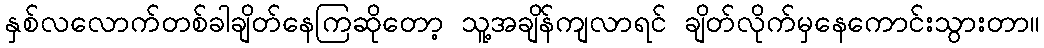
နှစ်လလောက်တစ်ခါချိတ်နေကြဆိုတော့ သူ့အချိန်ကျလာရင် ချိတ်လိုက်မှနေကောင်းသွားတာ။